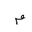
Letter: _mim